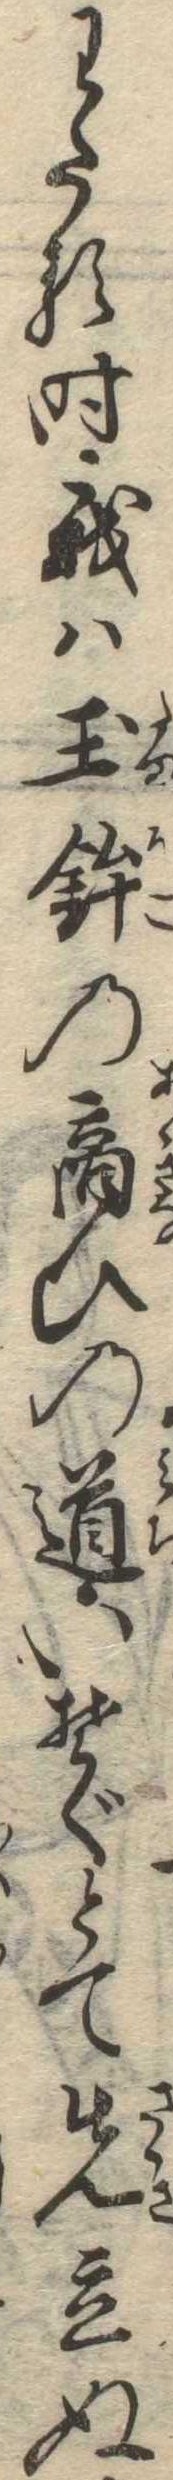
わたる時我は玉鉾の商ひの道いそぐとて先立ぬ